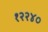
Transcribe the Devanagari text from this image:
१२२४०